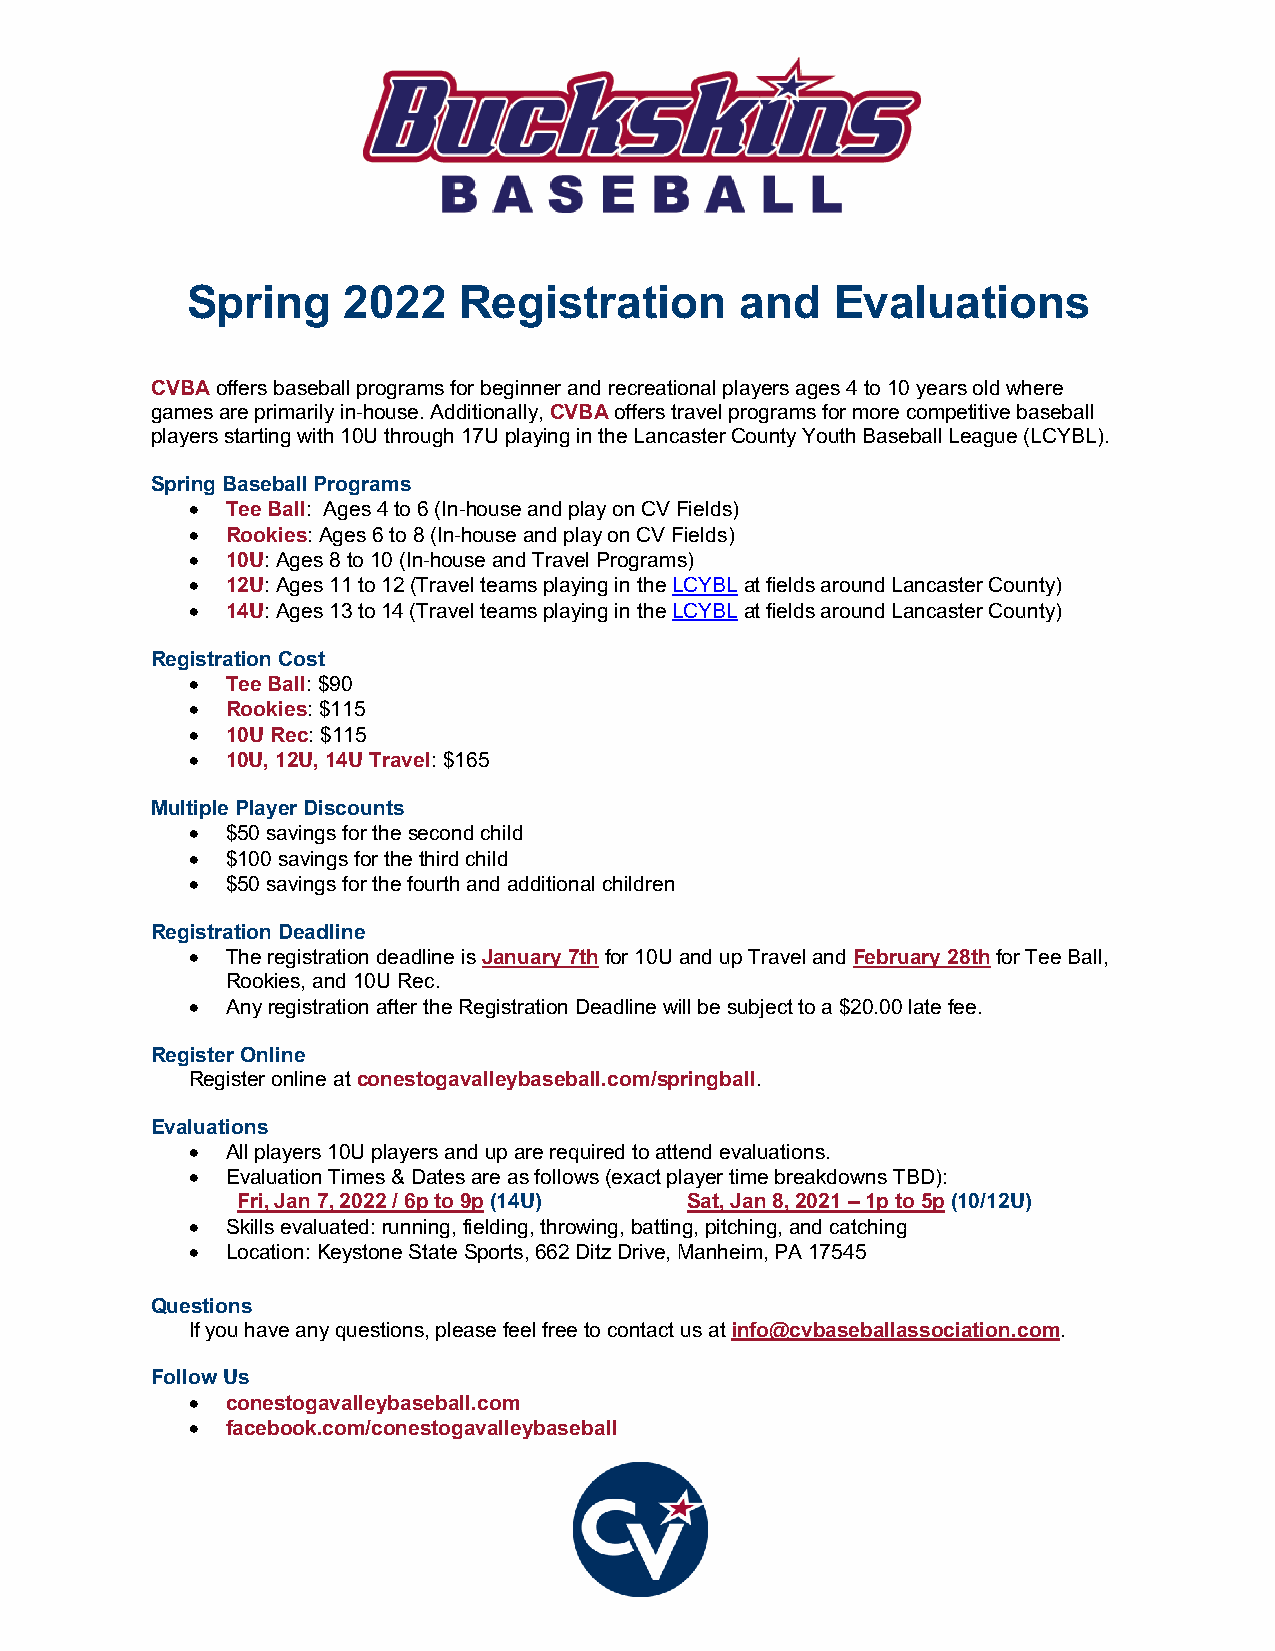
Spring     2022   Registration       and   Evaluations
 CVBA offers baseball programs for beginner and recreational players ages 4 to 10 years old where
 games are primarily in-house. Additionally, CVBA offers travel programs for more competitive baseball
 players starting with 10U through 17U playing in the Lancaster County Youth Baseball League (LCYBL).
 Spring Baseball Programs
 •  Tee Ball: Ages 4 to 6 (In-house and play on CV Fields)
 •  Rookies: Ages 6 to 8 (In-house and play on CV Fields)
 •  10U: Ages 8 to 10 (In-house and Travel Programs)
 •  12U: Ages 11 to 12 (Travel teams playing in the LCYBL at fields around Lancaster County)
 •  14U: Ages 13 to 14 (Travel teams playing in the LCYBL at fields around Lancaster County)
 Registration Cost
 •  Tee Ball: $90
 •  Rookies: $115
 •  10U Rec: $115
 •  10U, 12U, 14U Travel: $165
 Multiple Player Discounts
 •  $50 savings for the second child
 •  $100 savings for the third child
 •  $50 savings for the fourth and additional children
 Registration Deadline
 •  The registration deadline is January 7th for 10U and up Travel and February 28th for Tee Ball,
 Rookies, and 10U Rec.
 •  Any registration after the Registration Deadline will be subject to a $20.00 late fee.
 Register Online
 Register online at conestogavalleybaseball.com/springball.
 Evaluations
 •  All players 10U players and up are required to attend evaluations.
 •  Evaluation Times & Dates are as follows (exact player time breakdowns TBD):
 Fri, Jan 7, 2022 / 6p to 9p (14U) Sat, Jan 8, 2021 – 1p to 5p (10/12U)
 •  Skills evaluated: running, fielding, throwing, batting, pitching, and catching
 •  Location: Keystone State Sports, 662 Ditz Drive, Manheim, PA 17545
 Questions
 If you have any questions, please feel free to contact us at info@cvbaseballassociation.com.
 Follow Us
 •  conestogavalleybaseball.com
 •  facebook.com/conestogavalleybaseball